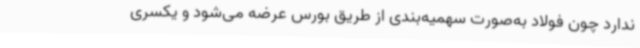
ندارد چون فولاد به‌صورت سهمیه‌بندی از طریق بورس عرضه می‌شود و یکسری